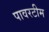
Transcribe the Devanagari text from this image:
पावरटीम